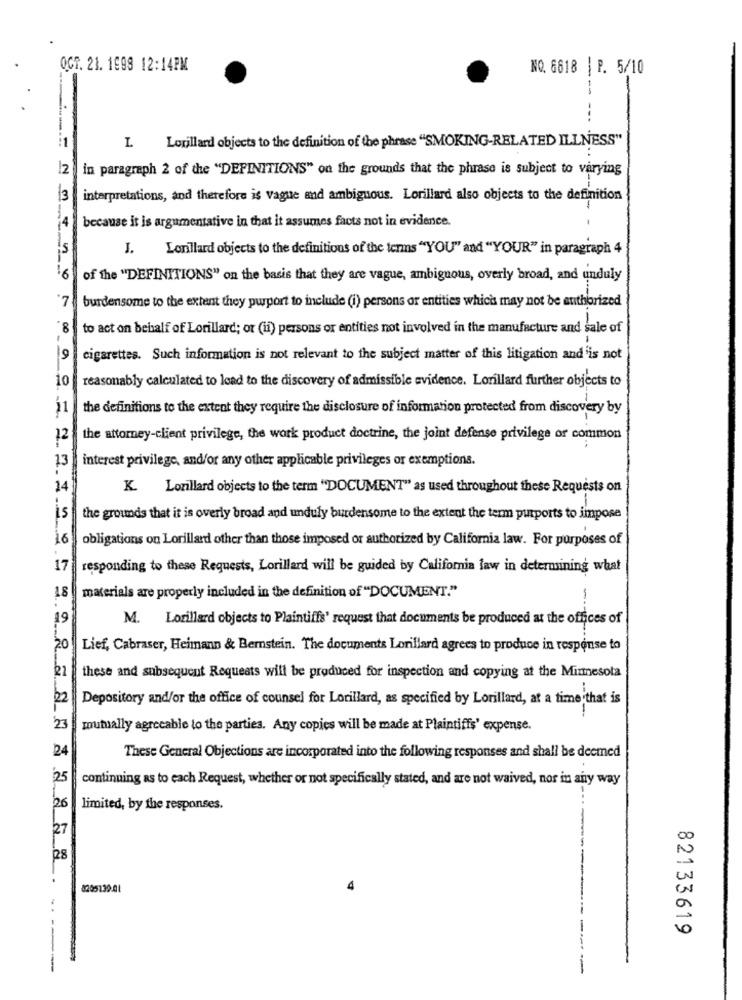
OCT. 21. 1998 12:14PM
NO. 6618 | P. 5/10
-
--
--.
Lorillard objects to the definition of the phrase "SMOKING-RELATED ILLNESS"
L
in paragraph 2 of the "DEFINITIONS" on the grounds that the phrase is subject to varying
3
interpretations, and therefore is vague and ambiguous. Lorillard also objects to the definition
4
because it is argumentative in that it assumes facts not in evidence.
J.
Lonillard objects to the definitions of the terms "YOU" and "YOUR" in paragraph 4
6
of the "DEFINITIONS" on the basis that they are vague, ambiguous, overly broad, and unduly
'7
burdensome to the extent they purport to include (i) persons or entities which may not be authorized
8
to act on behalf of Lorillard; or (ii) persons or entities not involved in the manufacture and sale of
cigarettes. Such information is not relevant to the subject matter of this litigation and is not
10
reasonably calculated to lead to the discovery of admissible evidence. Lorillard further objects to
21
the definitions to the extent they require the disclosure of information protected from discovery by
12
the attorney-client privilege, the work product doctrine, the joint defense privilege or common
13
interest privilege, and/or any other applicable privileges or exemptions.
14
K. Lozillard objects to the term "DOCUMENT" as used throughout these Requests on
is
the grounds that it is overly broad and unduly burdensome to the extent the term purports to impose
16
obligations on Lorillard other than those imposed or authorized by California law. For purposes of
17
responding to these Requests, Lorillard will be guided by California law in determining what
18
materials are properly included in the definition of "DOCUMENT."
-
19
M. Lorillard objects to Plaintiffs' request that documents be produced at the offices of
20
Lief, Cabraser, Heimann & Bernstein. The documents Lorillard agrees to produce in response to
these and subsequent Requests will be produced for inspection and copying at the Minnesota
22
Depository and/or the office of counsel for Lorillard, as specified by Lorillard, at a time that is
23
mutually agreeable to the parties. Any copies will be made at Plaintiffs' expense.
24
These General Objections are incorporated into the following responses and shall be deemed
25
continuing as to each Request, whether or not specifically stated, and are not waived, nor in any way
26
limited, by the responses.
27
28
8205139.01
82133619